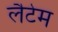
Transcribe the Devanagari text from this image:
लैटेम